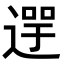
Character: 𨕓